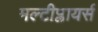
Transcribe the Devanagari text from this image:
मल्टीप्लायर्स